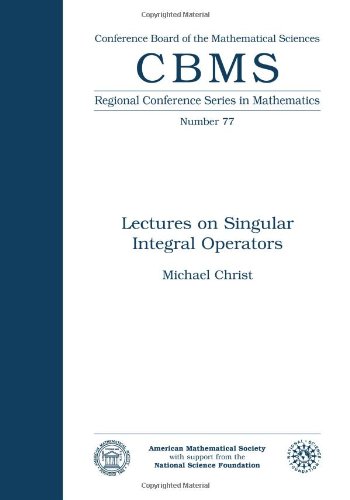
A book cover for Lectures on Singular Integral Operators (Cbms Regional Conference Series in Mathematics); Michael Christ; Science & Math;